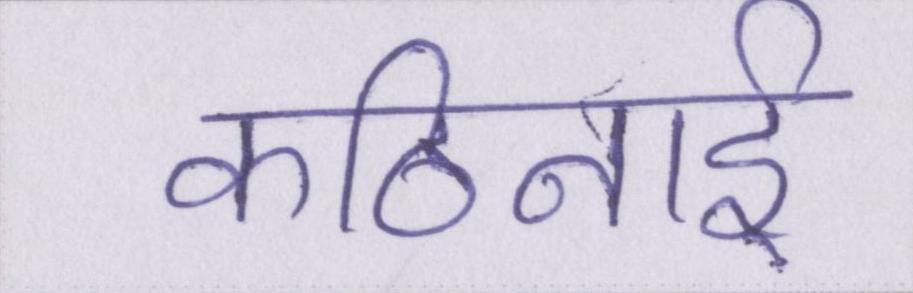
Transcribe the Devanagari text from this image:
कठिनाई